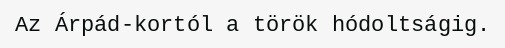
Az Árpád-kortól a török hódoltságig.